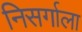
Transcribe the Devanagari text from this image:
निसर्गाला